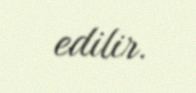
edilir.